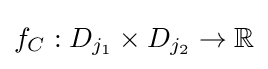
f_{C}:D_{j_{1}}\times D_{j_{2}}\to \mathbb {R}